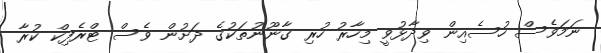
ނަމަވެސް ހުސެއިން ވިދާޅުވީ މިހާރު ހުރި ގާނޫނުތަކުގެ ދަށުން ވެސް ޓްރެފިކް ކުރާ